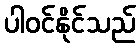
ပါဝင်နိုင်သည်